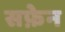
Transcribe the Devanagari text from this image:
सफ़ेन